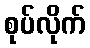
စုပ်လိုက်